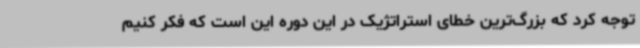
توجه کرد که بزرگ‌ترین خطای استراتژیک در این دوره این است که فکر کنیم